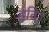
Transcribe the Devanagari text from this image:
हृदि।